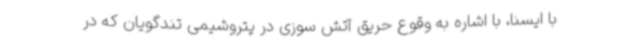
با ایسنا، با اشاره به وقوع حریق آتش سوزی در پتروشیمی تندگویان که در